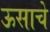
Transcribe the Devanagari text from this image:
ऊसाचे